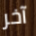
آخر